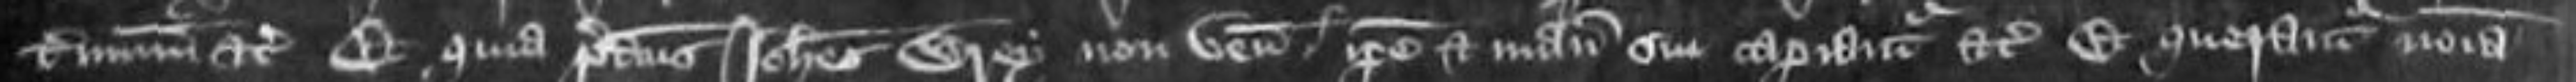
terminum etc Et quia predictus Johannes Wrey non venit ipse et manucaptoribus sui capiantur etc et querantur nomina